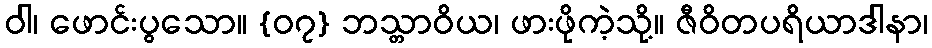
ဝါ၊ ဖောင်းပွသော။ {၀၇} ဘသ္တာဝိယ၊ ဖားဖိုကဲ့သို့။ ဇီဝိတပရိယာဒါနာ၊